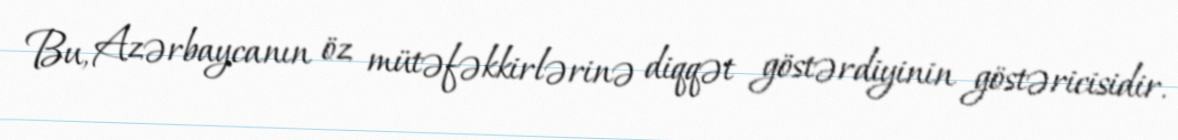
Bu, Azərbaycanın öz mütəfəkkirlərinə diqqət göstərdiyinin göstəricisidir.